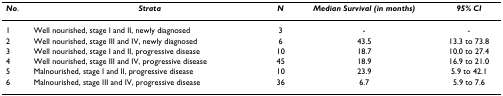
<table><thead><tr><td><b><i>No</i>.</b></td><td><b><i>Strata</i></b></td><td><b><i>N</i></b></td><td><b><i>Median Survival (in months)</i></b></td><td><b><i>95% CI</i></b></td></tr></thead><tbody><tr><td>1</td><td>Well nourished, stage I and II, newly diagnosed</td><td>3</td><td>-</td><td>-</td></tr><tr><td>2</td><td>Well nourished, stage III and IV, newly diagnosed</td><td>6</td><td>43.5</td><td>13.3 to 73.8</td></tr><tr><td>3</td><td>Well nourished, stage I and II, progressive disease</td><td>10</td><td>18.7</td><td>10.0 to 27.4</td></tr><tr><td>4</td><td>Well nourished, stage III and IV, progressive disease</td><td>45</td><td>18.9</td><td>16.9 to 21.0</td></tr><tr><td>5</td><td>Malnourished, stage I and II, progressive disease</td><td>10</td><td>23.9</td><td>5.9 to 42.1</td></tr><tr><td>6</td><td>Malnourished, stage III and IV, progressive disease</td><td>36</td><td>6.7</td><td>5.9 to 7.6</td></tr></tbody></table>